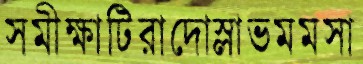
সমীক্ষাটিরাদোস্লাভমমসা